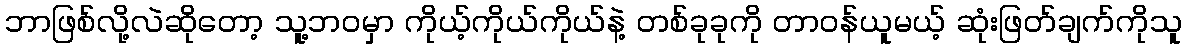
ဘာဖြစ်လို့လဲဆိုတော့ သူ့ဘဝမှာ ကိုယ့်ကိုယ်ကိုယ်နဲ့ တစ်ခုခုကို တာဝန်ယူမယ့် ဆုံးဖြတ်ချက်ကိုသူ